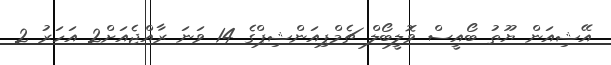
އޭޝިއަން ޔޫތު ބޯއީސް ވޮލީބޯލް ޗެމްޕިއަންޝިޕްގެ 14 ވަނަ ރާއްޖެއަށް2 އަހަރު 2